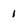
Character: 1